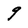
Character: 9